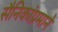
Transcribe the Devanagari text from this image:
सैनिकांप्रमाने